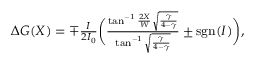
\begin{array} { r } { \Delta G ( X ) = \mp \frac { I } { 2 I _ { 0 } } \biggl ( \frac { \tan ^ { - 1 } \frac { 2 X } { W } \sqrt { \frac { \gamma } { 4 - \gamma } } } { \tan ^ { - 1 } \sqrt { \frac { \gamma } { 4 - \gamma } } } \pm \mathrm { s g n } ( I ) \biggr ) , } \end{array}